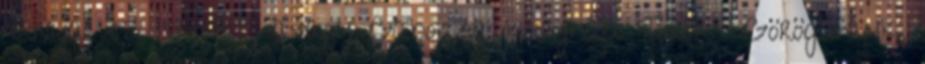
"Anya, ez isteni .", avagy Gabojsza konyhája Török Görög fánk,